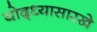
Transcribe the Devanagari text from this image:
योद्ध्यासारखे